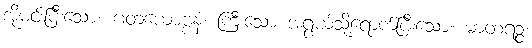
အိုမင်းပြီးသော။ ဂတယောဗ္ဗနံ၊ ကြီးသော အရွယ်သို့ရောက်ပြီးသော။ မာတရဉ္စ၊